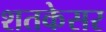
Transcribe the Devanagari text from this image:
शतकेसर